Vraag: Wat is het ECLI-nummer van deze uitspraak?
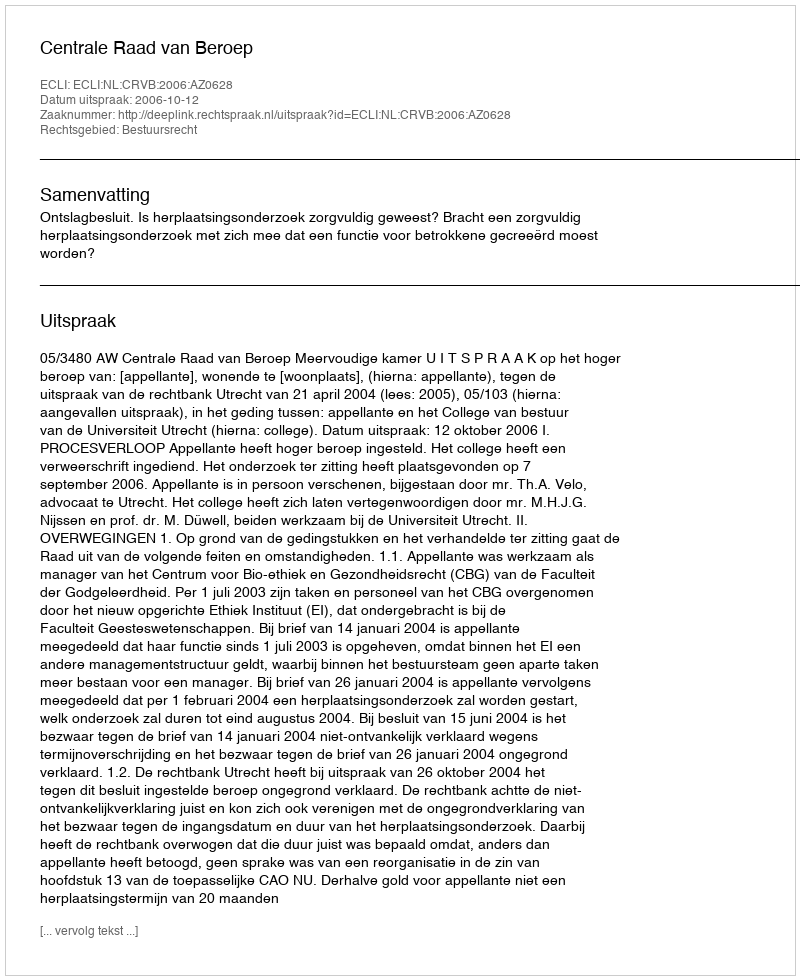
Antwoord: ECLI:NL:CRVB:2006:AZ0628